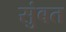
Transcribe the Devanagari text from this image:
सुंबत